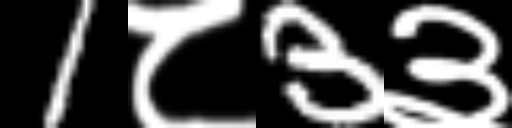
Text: 1८3३